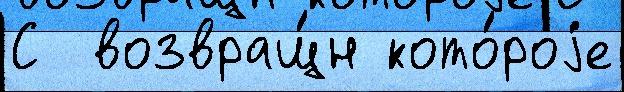
С  возвращ́н кото́роjе